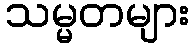
သမ္မတများ